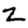
Digit: 2